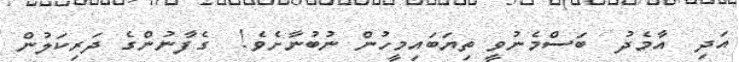
އަދި  އާމެދު  ބަސްމެނުވީ ތިޔަބައިމީހުން ނުބުނާށެވެ!  ގެފާނުންގެ ދަރިކަލުން